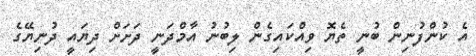
އެ ކުންފުނިން ބުނީ ތެޔޮ ވިއްކައިގެން ލިބުނު އާމްދަނީ ދަށަށް ދިޔައީ ދުނިޔޭގެ